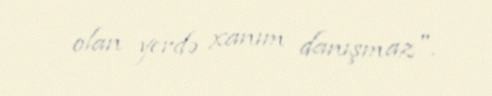
olan yerdə xanım danışmaz".